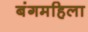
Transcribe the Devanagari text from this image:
बंगमहिला